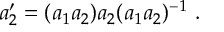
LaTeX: a _ { 2 } ^ { \prime } = ( a _ { 1 } a _ { 2 } ) a _ { 2 } ( a _ { 1 } a _ { 2 } ) ^ { - 1 } ~ .